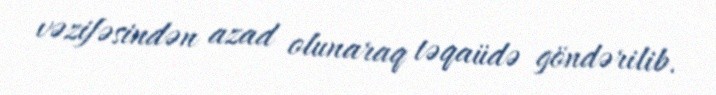
vəzifəsindən azad olunaraq təqaüdə göndərilib.